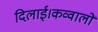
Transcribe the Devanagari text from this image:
दिलाई।कव्वालों